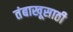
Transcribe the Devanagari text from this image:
तंबाखूसाठी